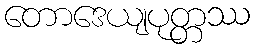
တောဒေယျပုတ္တဿ